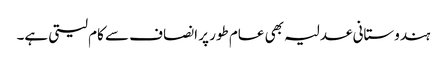
ہندوستانی عدلیہ بھی عام طور پر انصاف سے کام لیتی ہے۔